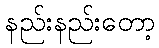
နည်းနည်းတော့